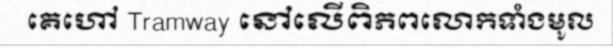
គេហៅ Tramway នៅលើពិភពលោកទាំងមូល